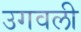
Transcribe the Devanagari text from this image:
उगवली